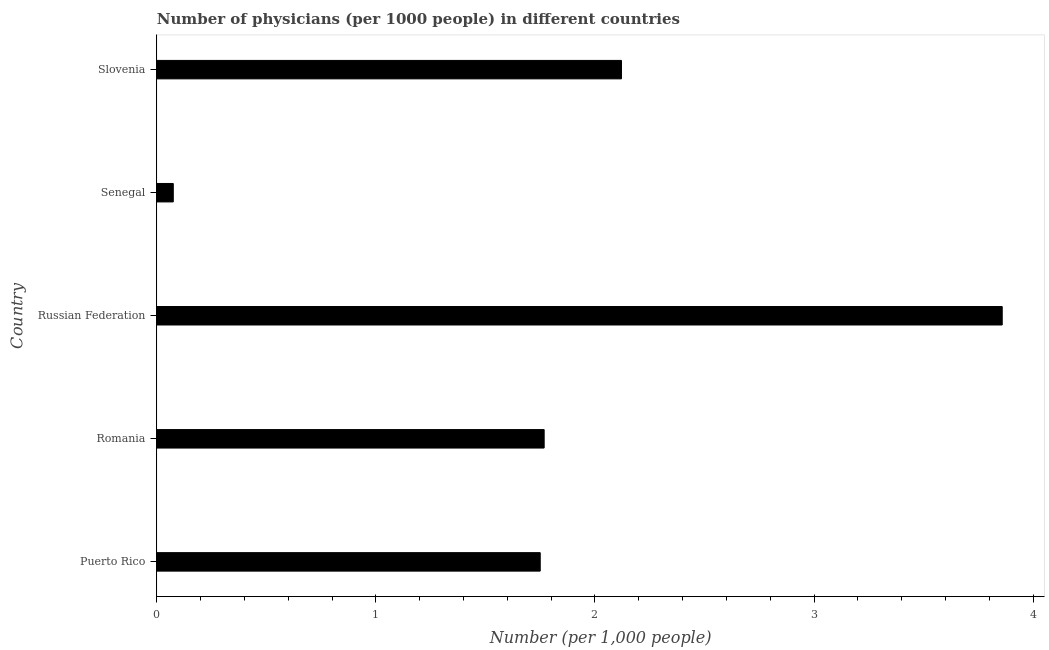
| Country | Physicians |
 | --- | --- |
 | Puerto Rico | 1.75 |
 | Romania | 1.77 |
 | Russian Federation | 3.86 |
 | Senegal | 0.075 |
 | Slovenia | 2.12 |